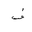
Letter: _fa